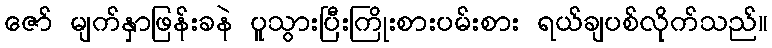
ဇော် မျက်နှာဖြန်းခနဲ ပူသွားပြီးကြိုးစားပမ်းစား ရယ်ချပစ်လိုက်သည်။